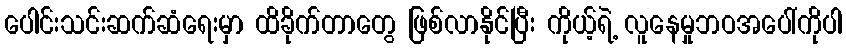
ပေါင်းသင်းဆက်ဆံရေးမှာ ထိခိုက်တာတွေ ဖြစ်လာနိုင်ပြီး ကိုယ့်ရဲ့ လူနေမှုဘဝအပေါ်ကိုပါ